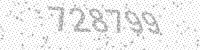
Solution: 728799